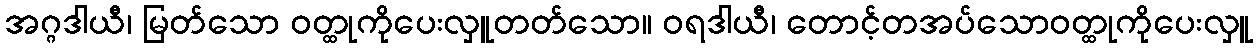
အဂ္ဂဒါယီ၊ မြတ်သော ဝတ္ထုကိုပေးလှူတတ်သော။ ဝရဒါယီ၊ တောင့်တအပ်သောဝတ္ထုကိုပေးလှူ